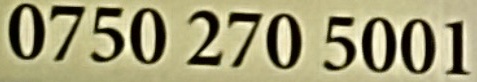
0750 270 5001